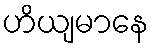
ဟိယျမာနေ